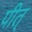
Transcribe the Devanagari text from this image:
पीत्